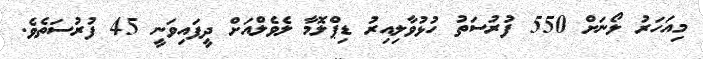
މިއަހަރު ލޯނަށް 550 ފުރުސަތު ހުޅުވާލިއިރު ޑިޕްލޮމާ ލެވެލްއަށް ދީފައިވަނީ 45 ފުރުސަތެވެ.